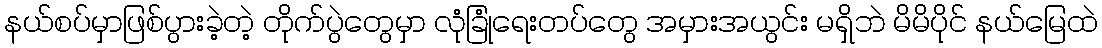
နယ်စပ်မှာဖြစ်ပွားခဲ့တဲ့ တိုက်ပွဲတွေမှာ လုံခြုံရေးတပ်တွေ အမှားအယွင်း မရှိဘဲ မိမိပိုင် နယ်မြေထဲ